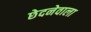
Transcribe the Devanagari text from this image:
छेदनेवाला